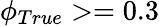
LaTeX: \phi_{True}>=0.3